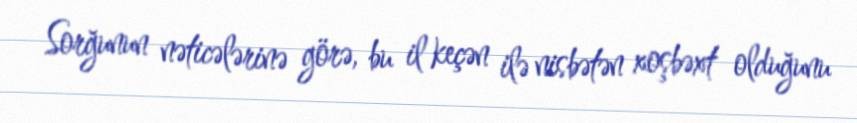
Sorğunun nəticələrinə görə, bu il keçən ilə nisbətən xoşbəxt olduğunu